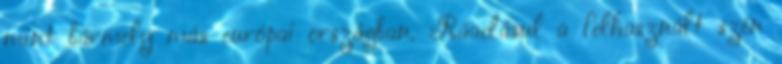
mint bármely más európai országban. Ráadásul a felhasznált szén